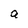
Character: a